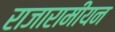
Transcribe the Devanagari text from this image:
राजारामीयन